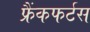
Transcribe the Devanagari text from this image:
फ्रैंकफर्टस